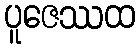
ပူဇေဿထ